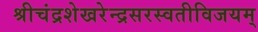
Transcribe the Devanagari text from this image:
श्रीचंद्रशेखरेन्द्रसरस्वतीविजयम्